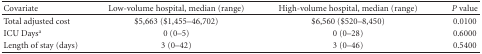
<table><thead><tr><td><b>Covariate</b></td><td><b>Low-volume hospital, median (range)</b></td><td><b>High-volume hospital, median (range)</b></td><td><b><i>P</i> value</b></td></tr></thead><tbody><tr><td>Total adjusted cost</td><td>$5,663 ($1,455–46,702)</td><td>$6,560 ($520–8,450)</td><td>0.0100</td></tr><tr><td>ICU Days<sup>a</sup></td><td>0 (0–5)</td><td>0 (0–28)</td><td>0.6000</td></tr><tr><td>Length of stay (days)</td><td>3 (0–42)</td><td>3 (0–46)</td><td>0.5400</td></tr></tbody></table>